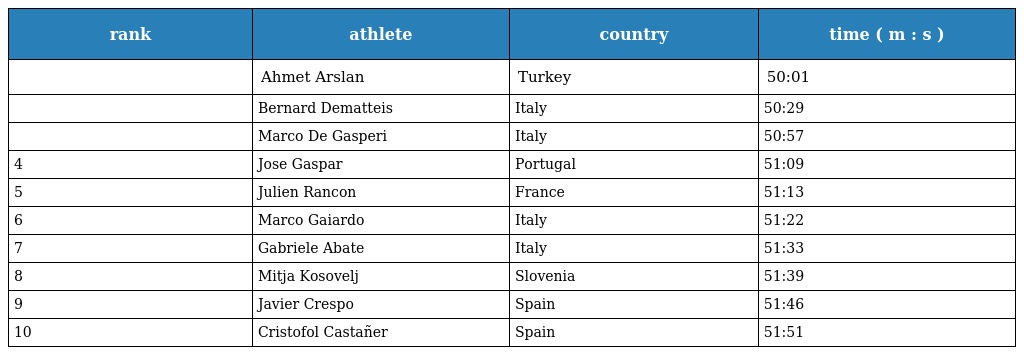
| rank | athlete | country | time ( m : s ) |
 | --- | --- | --- | --- |
 |  | Ahmet Arslan | Turkey | 50:01 |
 |  | Bernard Dematteis | Italy | 50:29 |
 |  | Marco De Gasperi | Italy | 50:57 |
 | 4 | Jose Gaspar | Portugal | 51:09 |
 | 5 | Julien Rancon | France | 51:13 |
 | 6 | Marco Gaiardo | Italy | 51:22 |
 | 7 | Gabriele Abate | Italy | 51:33 |
 | 8 | Mitja Kosovelj | Slovenia | 51:39 |
 | 9 | Javier Crespo | Spain | 51:46 |
 | 10 | Cristofol Castañer | Spain | 51:51 |